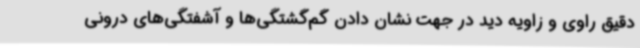
دقیق راوی و زاویه‌ دید در جهت نشان دادن گم‌گشتگی‌ها و آشفتگی‌های درونی